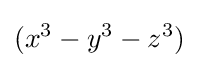
(x^{3}-y^{3}-z^{3})